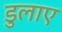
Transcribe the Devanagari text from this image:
डुलाए